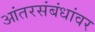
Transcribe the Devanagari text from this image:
आंतरसंबंधांवर